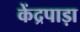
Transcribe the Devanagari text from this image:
केंद्रपाड़ा